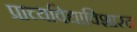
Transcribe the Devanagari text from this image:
प्राच्यविद्याविशारद